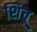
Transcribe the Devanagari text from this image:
शिचू